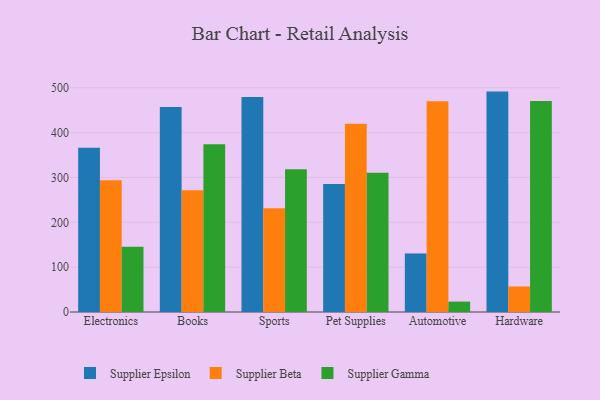
{"axis": {"x": "Category", "y": "Operating Costs (USD K)"}, "legend": ["Supplier Beta", "Supplier Epsilon", "Supplier Gamma"], "data": [{"x": "Electronics", "y": 366.1, "type": "Supplier Epsilon"}, {"x": "Electronics", "y": 293.9, "type": "Supplier Beta"}, {"x": "Electronics", "y": 145.3, "type": "Supplier Gamma"}, {"x": "Books", "y": 457.3, "type": "Supplier Epsilon"}, {"x": "Books", "y": 271.6, "type": "Supplier Beta"}, {"x": "Books", "y": 374.2, "type": "Supplier Gamma"}, {"x": "Sports", "y": 479.2, "type": "Supplier Epsilon"}, {"x": "Sports", "y": 231.5, "type": "Supplier Beta"}, {"x": "Sports", "y": 318.4, "type": "Supplier Gamma"}, {"x": "Pet Supplies", "y": 285.2, "type": "Supplier Epsilon"}, {"x": "Pet Supplies", "y": 419.7, "type": "Supplier Beta"}, {"x": "Pet Supplies", "y": 310.5, "type": "Supplier Gamma"}, {"x": "Automotive", "y": 130.6, "type": "Supplier Epsilon"}, {"x": "Automotive", "y": 470.0, "type": "Supplier Beta"}, {"x": "Automotive", "y": 23.2, "type": "Supplier Gamma"}, {"x": "Hardware", "y": 491.4, "type": "Supplier Epsilon"}, {"x": "Hardware", "y": 56.9, "type": "Supplier Beta"}, {"x": "Hardware", "y": 470.5, "type": "Supplier Gamma"}]}